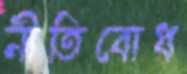
নীতিবোধ